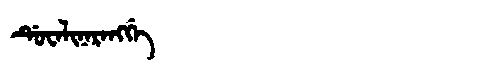
Manchu: ᡩᡠᠸᠠᠯᡳᠨᠠᡵᠠᠩᡤᡝ
Romanization: DUWALINARANGGE